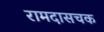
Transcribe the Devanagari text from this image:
रामदासचक